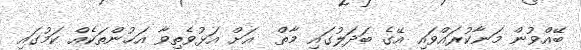
ބޭއްވުން މަނާކުރައްވައި އޭގެ ބަދަލުގައި މާތް  އަށް އަޅުވެތިވާ އަޚުންތަކެއް ކަމުގައި